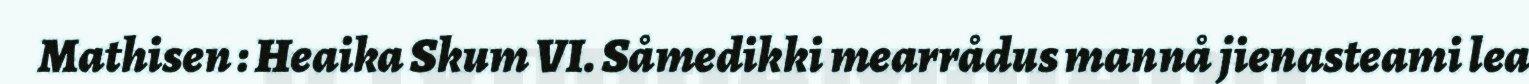
Mathisen : Heaika Skum VI. Såmedikki mearrådus mannå jienasteami lea